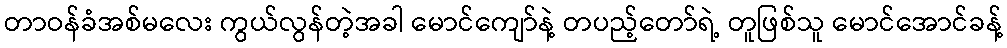
တာဝန်ခံအစ်မလေး ကွယ်လွန်တဲ့အခါ မောင်ကျော်နဲ့ တပည့်တော်ရဲ့ တူဖြစ်သူ မောင်အောင်ခန့်